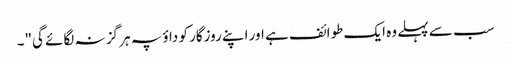
سب سے پہلے وہ ایک طوائف ہے اور اپنے روزگار کو داؤ پہ ہر گز نہ لگائے گی"۔